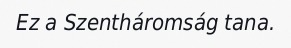
Ez a Szentháromság tana.